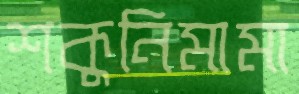
শকুনিমামা